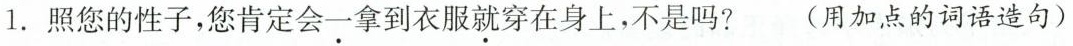
1.照您的性子，您肯定会\underset{·}{一}拿到衣服\underset{·}{就}穿在身上，不是吗? (用加点的词语造句)